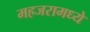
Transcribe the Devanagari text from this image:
महजरामध्ये